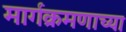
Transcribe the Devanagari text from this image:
मार्गक्रमणाच्या